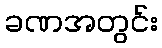
ခဏအတွင်း